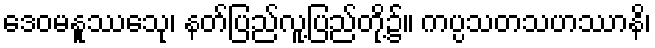
ဒေဝမနူဿေသု၊ နတ်ပြည်လူ့ပြည်တို့၌။ ကပ္ပသတသဟဿာနိ၊